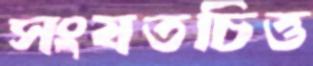
সংযতচিত্ত